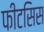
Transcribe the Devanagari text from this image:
फीटसिस